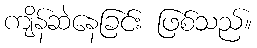
ကျိန်ဆဲနေခြင်း ဖြစ်သည်။